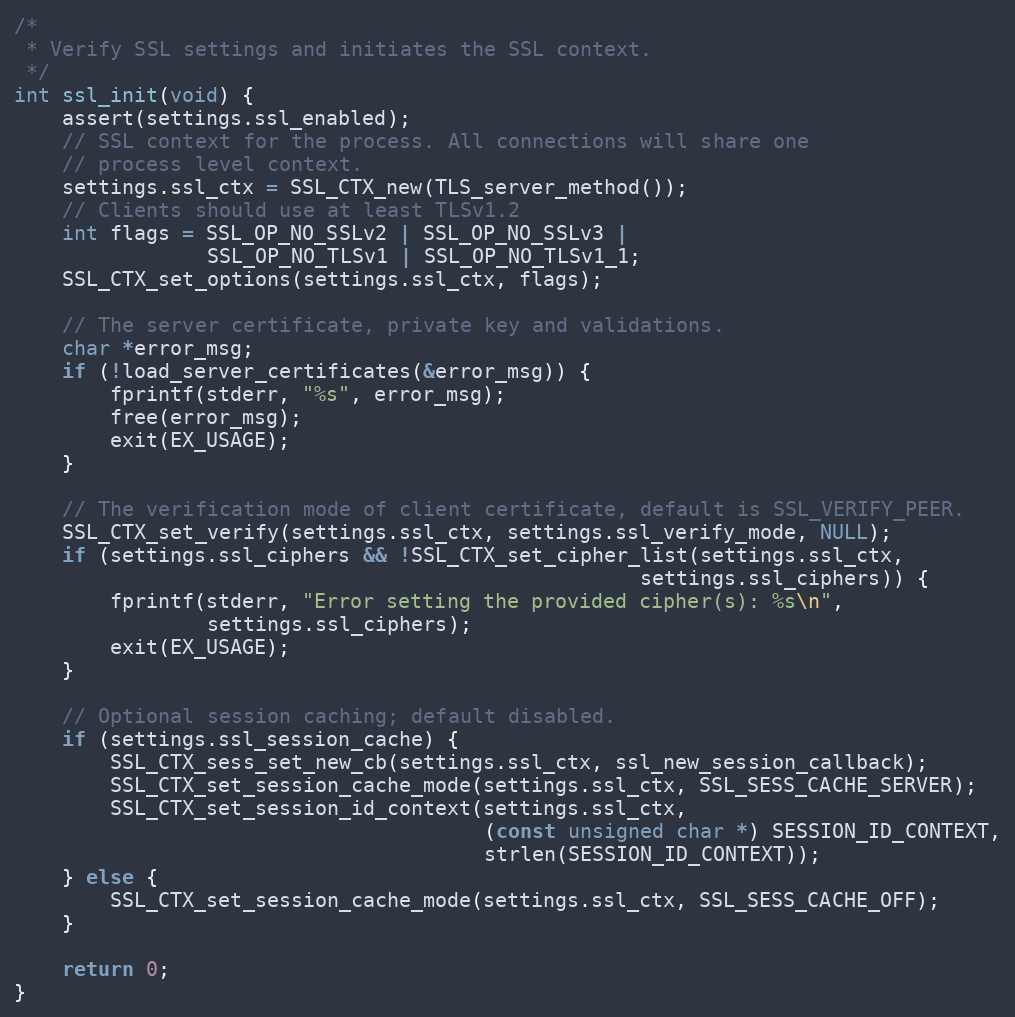
Language: C
/*
 * Verify SSL settings and initiates the SSL context.
 */
int ssl_init(void) {
    assert(settings.ssl_enabled);
    // SSL context for the process. All connections will share one
    // process level context.
    settings.ssl_ctx = SSL_CTX_new(TLS_server_method());
    // Clients should use at least TLSv1.2
    int flags = SSL_OP_NO_SSLv2 | SSL_OP_NO_SSLv3 |
                SSL_OP_NO_TLSv1 | SSL_OP_NO_TLSv1_1;
    SSL_CTX_set_options(settings.ssl_ctx, flags);

    // The server certificate, private key and validations.
    char *error_msg;
    if (!load_server_certificates(&error_msg)) {
        fprintf(stderr, "%s", error_msg);
        free(error_msg);
        exit(EX_USAGE);
    }

    // The verification mode of client certificate, default is SSL_VERIFY_PEER.
    SSL_CTX_set_verify(settings.ssl_ctx, settings.ssl_verify_mode, NULL);
    if (settings.ssl_ciphers && !SSL_CTX_set_cipher_list(settings.ssl_ctx,
                                                    settings.ssl_ciphers)) {
        fprintf(stderr, "Error setting the provided cipher(s): %s\n",
                settings.ssl_ciphers);
        exit(EX_USAGE);
    }

    // Optional session caching; default disabled.
    if (settings.ssl_session_cache) {
        SSL_CTX_sess_set_new_cb(settings.ssl_ctx, ssl_new_session_callback);
        SSL_CTX_set_session_cache_mode(settings.ssl_ctx, SSL_SESS_CACHE_SERVER);
        SSL_CTX_set_session_id_context(settings.ssl_ctx,
                                       (const unsigned char *) SESSION_ID_CONTEXT,
                                       strlen(SESSION_ID_CONTEXT));
    } else {
        SSL_CTX_set_session_cache_mode(settings.ssl_ctx, SSL_SESS_CACHE_OFF);
    }

    return 0;
}